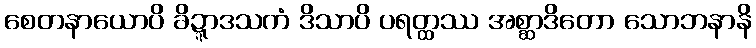
စေတနာယောပိ ခိဍ္ဍာဒသကံ ဒိသာပိ ပရတ္ထဿ အစ္ဆာဒိတော သောဘနာနိ